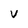
Character: v